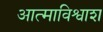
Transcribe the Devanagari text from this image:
आत्माविश्वाश